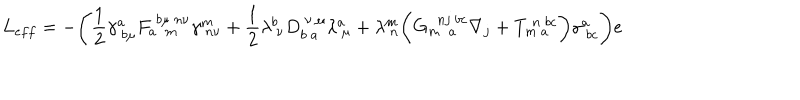
L _ { e f f } = - \Biggl ( \frac { 1 } { 2 } \gamma _ { ~ b \mu } ^ { a } F _ { a ~ ~ m } ^ { ~ b \mu ~ n \nu } \gamma _ { ~ n \nu } ^ { m } + \frac { 1 } { 2 } \lambda _ { ~ \nu } ^ { b } D _ { b ~ a } ^ { ~ \nu ~ \mu } \lambda _ { ~ \mu } ^ { a } + \lambda _ { ~ n } ^ { m } \biggl ( G _ { m ~ ~ a } ^ { ~ ~ n j ~ b c } \nabla _ { j } + T _ { m ~ a } ^ { ~ n ~ b c } \biggr ) \gamma _ { ~ b c } ^ { a } \Biggr ) e